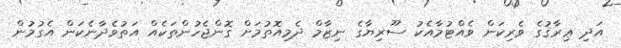
އަދި ޢިރާޤުގެ ވެރިކަން ވެއްޓުމާއެކު ސޫރިޔާގެ ނިޒާމް ދެމިއޮތުމަށް ގޮންޖެހުންތަކެއް އަތުވެދާނެކަން އެގުމުން